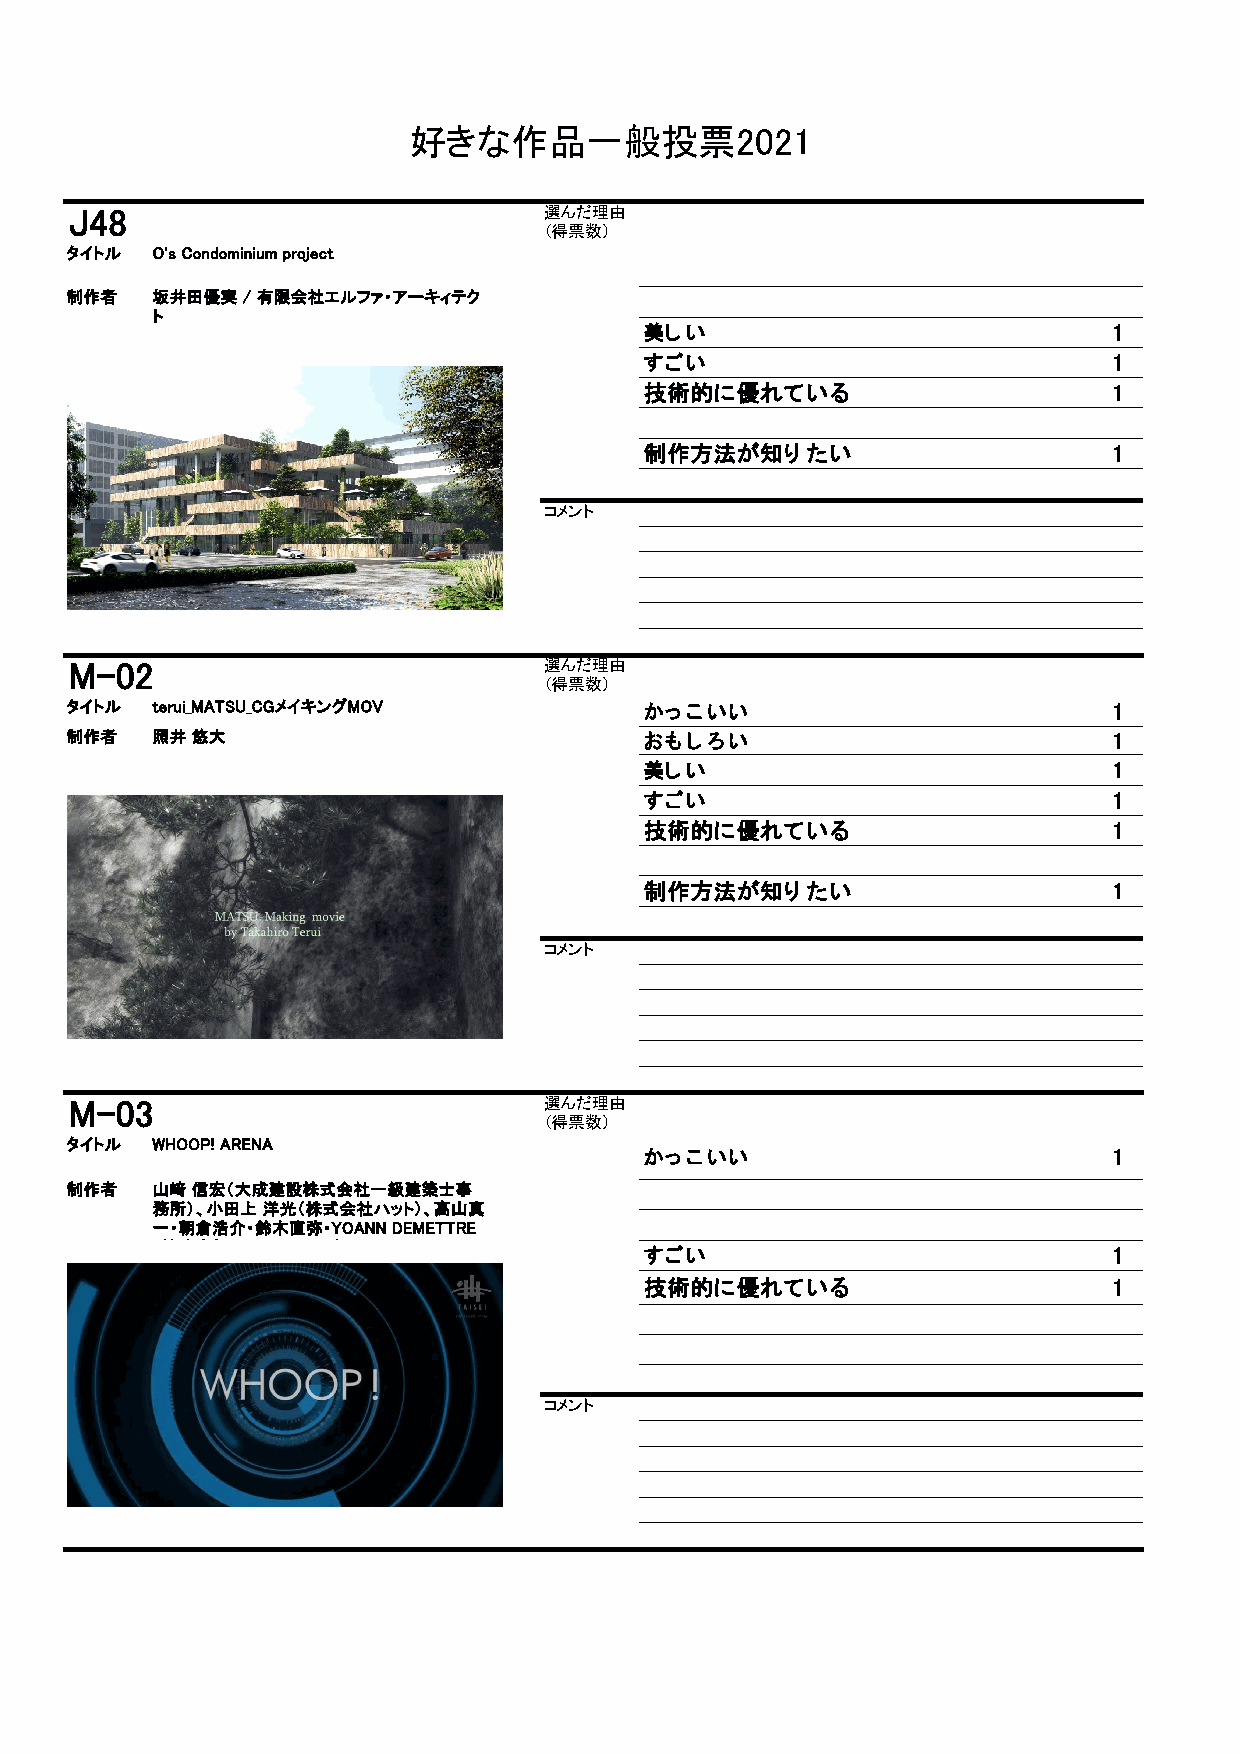
好きな作品一般投票2021
 J48                            選んだ理由
 （得票数）
 タイトル O's Condominium project
 制作者  坂井田優実 / 有限会社エルファ・アーキィテク
 ト
 美しい                            1
 すごい                            1
 技術的に優れている                      1
 制作方法が知りたい                      1
 コメント
 M-02                           選んだ理由
 （得票数）
 タイトル terui_MATSU_CGメイキングMOV           かっこいい                          1
 制作者  照井 悠大                            おもしろい                          1
 美しい                            1
 すごい                            1
 技術的に優れている                      1
 制作方法が知りたい                      1
 コメント
 M-03                           選んだ理由
 （得票数）
 タイトル WHOOP! ARENA
 かっこいい                          1
 制作者  山﨑 信宏（大成建設株式会社一級建築士事
 務所）、小田上 洋光（株式会社ハット）、高山真
 一・朝倉浩介・鈴木直弥・YOANN DEMETTRE
 株式会社       バ                    すごい                            1
 技術的に優れている                      1
 コメント